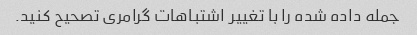
جمله داده شده را با تغییر اشتباهات گرامری تصحیح کنید.